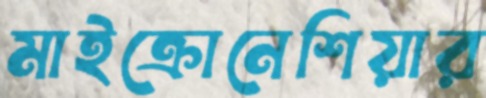
মাইক্রোনেশিয়ার